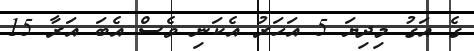
ގެ އަގު މިދިޔަ 5 އަހަރު އެކަނި ވެސް އެބަ އަރާ 15